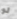
لو